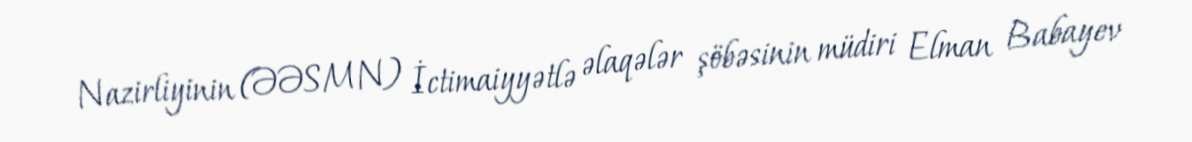
Nazirliyinin (ƏƏSMN) İctimaiyyətlə əlaqələr şöbəsinin müdiri Elman Babayev